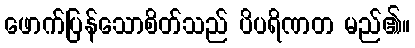
ဖောက်ပြန်သောစိတ်သည် ပိပရိဏတ မည်၏။